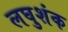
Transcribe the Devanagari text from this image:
लघुशंक